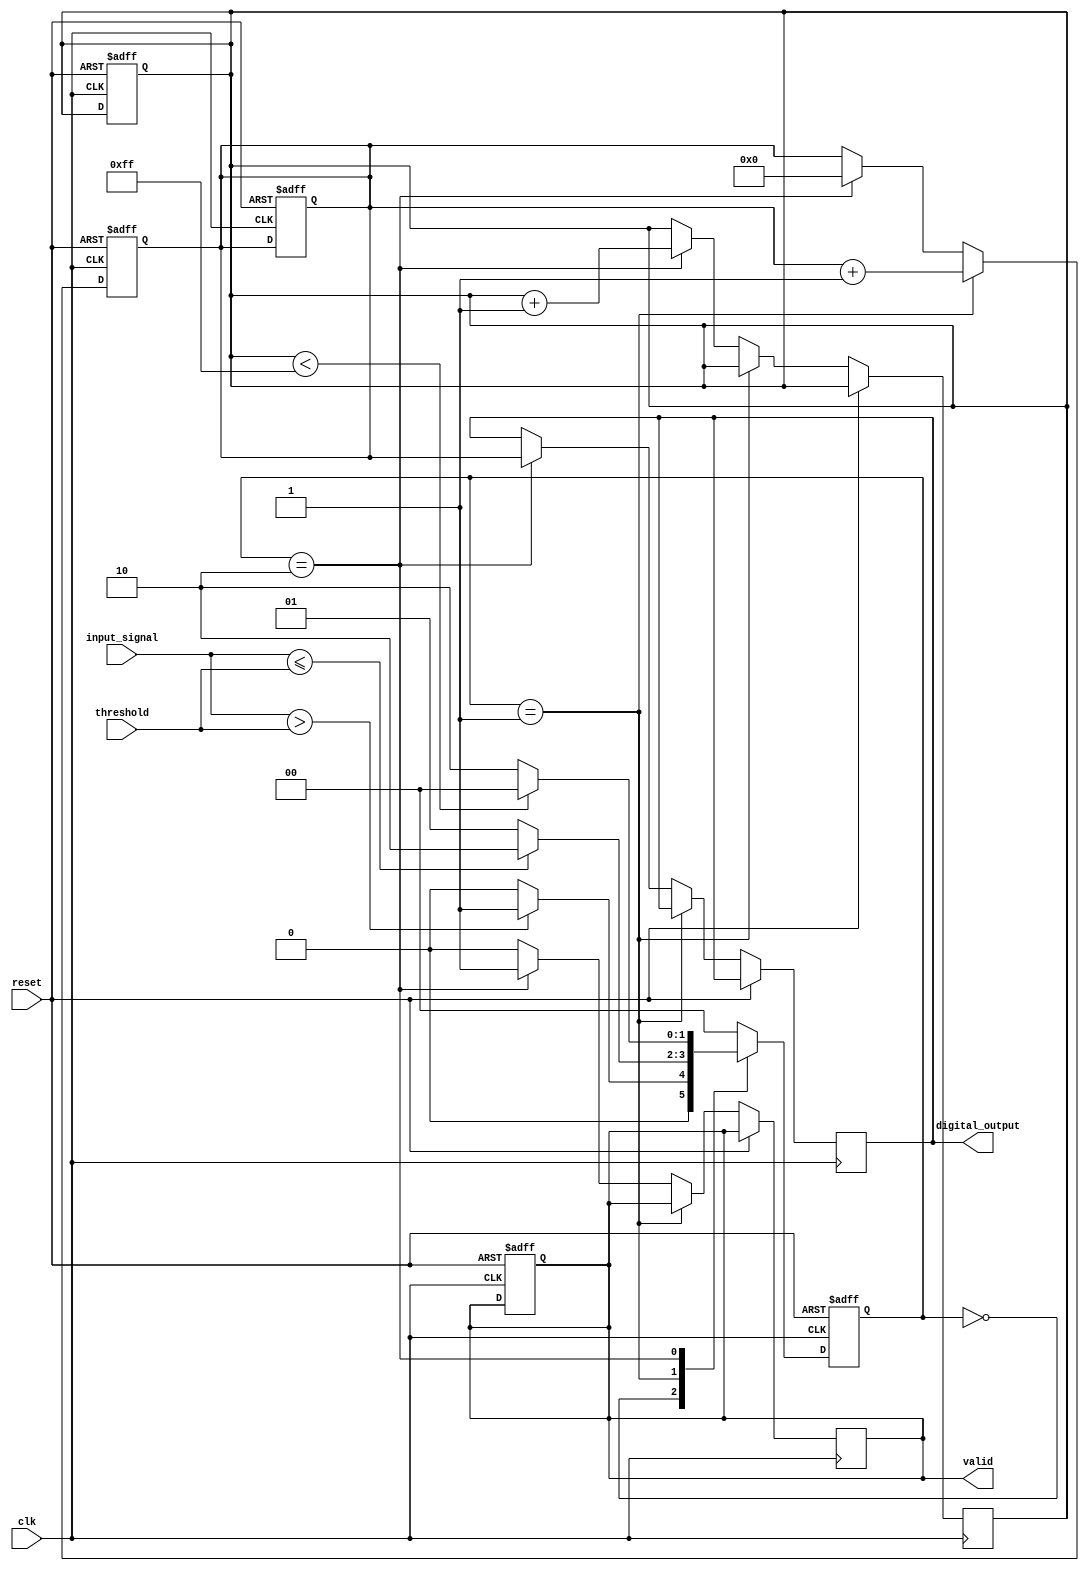
module TDC (
    input wire clk,                  // Reference clock
    input wire reset,                // Asynchronous reset
    input wire input_signal,         // Analog input signal (digital representation)
    input wire [7:0] threshold,      // Threshold for the comparator
    output reg [15:0] digital_output, // Digital output of the TDC
    output reg valid                 // Valid output signal
);
    // State definitions
    parameter IDLE = 2'b00, MEASURE = 2'b01, STORE = 2'b10;

    reg [1:0] state, next_state;
    reg [15:0] counter;              // Counter for clock cycles
    reg [15:0] memory [0:255];       // Memory block for storing results
    reg [7:0] memory_index;          // Index for memory storage

    // State transition
    always @(posedge clk or posedge reset) begin
        if (reset) begin
            state <= IDLE;
            counter <= 16'b0;
            memory_index <= 8'b0;
            valid <= 1'b0;
        end else begin
            state <= next_state;
        end
    end

    // Next state logic
    always @(*) begin
        case (state)
            IDLE: begin
                if (input_signal > threshold) begin
                    next_state = MEASURE;
                end else begin
                    next_state = IDLE;
                end
            end
            MEASURE: begin
                if (input_signal <= threshold) begin
                    next_state = STORE;
                end else begin
                    next_state = MEASURE;
                end
            end
            STORE: begin
                if (memory_index < 255) begin
                    next_state = IDLE;
                end else begin
                    next_state = STORE; // Stay in STORE if memory is full
                end
            end
            default: next_state = IDLE;
        endcase
    end

    // Counter logic
    always @(posedge clk or posedge reset) begin
        if (reset) begin
            counter <= 16'b0;
        end else begin
            if (state == MEASURE) begin
                counter <= counter + 1;
            end else if (state == STORE) begin
                memory[memory_index] <= counter; // Store counter value in memory
                digital_output <= counter;        // Output the counter value
                valid <= 1'b1;                    // Indicate valid output
                memory_index <= memory_index + 1; // Increment memory index
                counter <= 16'b0;                 // Reset counter for next measurement
            end else begin
                valid <= 1'b0;                    // Reset valid signal
            end
        end
    end

endmodule